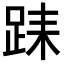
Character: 𨀤